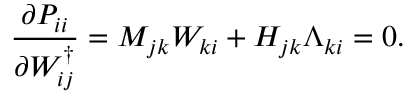
\frac { \partial P _ { i i } } { \partial W _ { i j } ^ { \dagger } } = M _ { j k } W _ { k i } + H _ { j k } \Lambda _ { k i } = 0 .